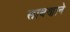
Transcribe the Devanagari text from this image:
साबणाने